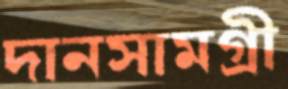
দানসামগ্রী